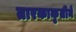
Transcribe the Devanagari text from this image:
तारकाकृतीने